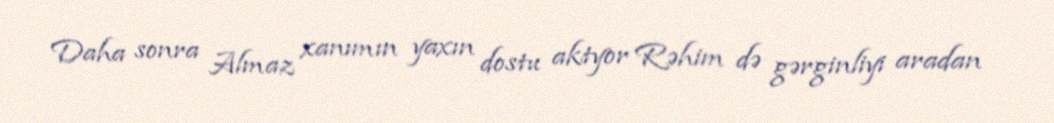
Daha sonra Almaz xanımın yaxın dostu aktyor Rəhim də gərginliyi aradan